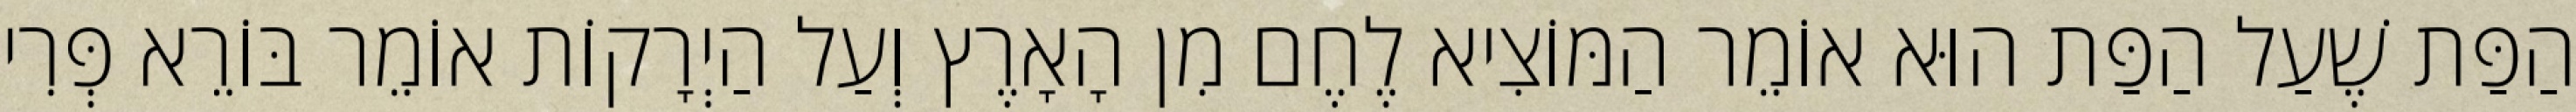
הַפַּת שֶׁעַל הַפַּת הוּא אוֹמֵר הַמּוֹצִיא לֶחֶם מִן הָאָרֶץ וְעַל הַיְרָקוֹת אוֹמֵר בּוֹרֵא פְּרִי